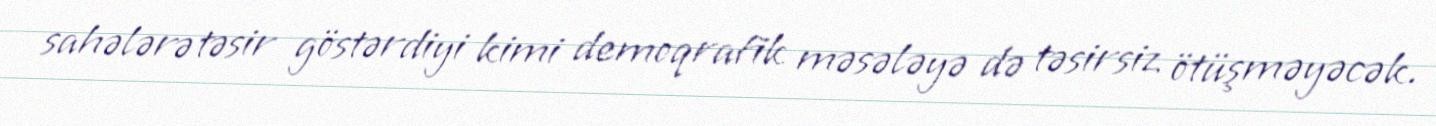
sahələrə təsir göstərdiyi kimi demoqrafik məsələyə də təsirsiz ötüşməyəcək.